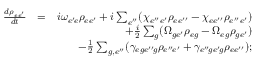
\begin{array} { r l r } { \frac { d \rho _ { e e ^ { \prime } } } { d t } } & { = } & { i \omega _ { e ^ { \prime } \! e } \rho _ { e e ^ { \prime } } + i \sum _ { e ^ { \prime \prime } } ( \chi _ { e ^ { \prime \prime } e ^ { \prime } } \rho _ { e e ^ { \prime \prime } } - \chi _ { e e ^ { \prime \prime } } \rho _ { e ^ { \prime \prime } e ^ { \prime } } ) } \\ & { } & { + \frac { i } { 2 } \sum _ { g } ( \Omega _ { g e ^ { \prime } } \rho _ { e g } - \Omega _ { e g } \rho _ { g e ^ { \prime } } ) } \\ & { } & { - \frac { 1 } { 2 } \sum _ { g , e ^ { \prime \prime } } ( \gamma _ { e g e ^ { \prime \prime } \! g } \rho _ { e ^ { \prime \prime } \! e ^ { \prime } } + \gamma _ { e ^ { \prime \prime } \! g e ^ { \prime } \! g } \rho _ { e e ^ { \prime \prime } } ) ; } \end{array}